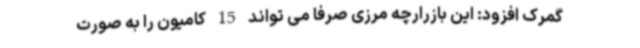
گمرک افزود: این بازرارچه مرزی صرفا می تواند 15 کامیون را به صورت